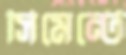
সিমেন্টে